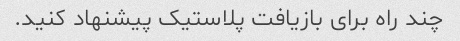
چند راه برای بازیافت پلاستیک پیشنهاد کنید.